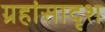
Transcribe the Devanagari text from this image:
ग्रहांसादृश